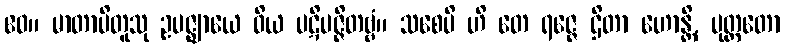
ဧဝ။ မာတာပိတူသု ဥပဇ္ဈာယေ ဝိယ ပဋိပဇ္ဇိတဗ္ဗံ။ သစေပိ ဟိ တေ ရဇ္ဇေ ဌိတာ ဟောန္တိ, ပုတ္တတော